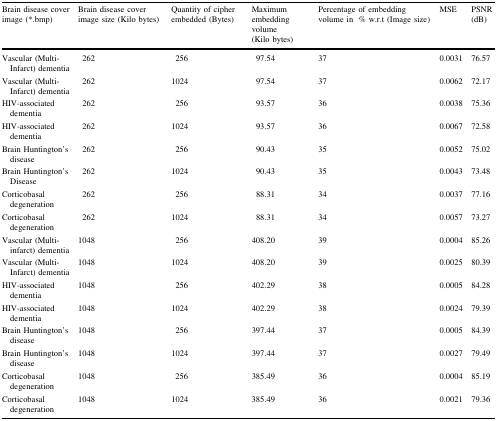
<table><thead><tr><td><b>Brain disease cover image (*.bmp)</b></td><td><b>Brain disease cover image size (Kilo bytes)</b></td><td><b>Quantity of cipher embedded (Bytes)</b></td><td><b>Maximum embedding volume(Kilo bytes)</b></td><td><b>Percentage of embedding volume in% w.r.t (Image size)</b></td><td><b>MSE</b></td><td><b>PSNR (dB)</b></td></tr></thead><tbody><tr><td>Vascular (Multi-Infarct) dementia</td><td>262</td><td>256</td><td>97.54</td><td>37</td><td>0.0031</td><td>76.57</td></tr><tr><td>Vascular (Multi-Infarct) dementia</td><td>262</td><td>1024</td><td>97.54</td><td>37</td><td>0.0062</td><td>72.17</td></tr><tr><td>HIV-associated dementia</td><td>262</td><td>256</td><td>93.57</td><td>36</td><td>0.0038</td><td>75.36</td></tr><tr><td>HIV-associated dementia</td><td>262</td><td>1024</td><td>93.57</td><td>36</td><td>0.0067</td><td>72.58</td></tr><tr><td>Brain Huntington’s disease</td><td>262</td><td>256</td><td>90.43</td><td>35</td><td>0.0052</td><td>75.02</td></tr><tr><td>Brain Huntington’s Disease</td><td>262</td><td>1024</td><td>90.43</td><td>35</td><td>0.0043</td><td>73.48</td></tr><tr><td>Corticobasal degeneration</td><td>262</td><td>256</td><td>88.31</td><td>34</td><td>0.0037</td><td>77.16</td></tr><tr><td>Corticobasal degeneration</td><td>262</td><td>1024</td><td>88.31</td><td>34</td><td>0.0057</td><td>73.27</td></tr><tr><td>Vascular (Multi-infarct) dementia</td><td>1048</td><td>256</td><td>408.20</td><td>39</td><td>0.0004</td><td>85.26</td></tr><tr><td>Vascular (Multi-Infarct) dementia</td><td>1048</td><td>1024</td><td>408.20</td><td>39</td><td>0.0025</td><td>80.39</td></tr><tr><td>HIV-associated dementia</td><td>1048</td><td>256</td><td>402.29</td><td>38</td><td>0.0005</td><td>84.28</td></tr><tr><td>HIV-associated dementia</td><td>1048</td><td>1024</td><td>402.29</td><td>38</td><td>0.0024</td><td>79.39</td></tr><tr><td>Brain Huntington’s disease</td><td>1048</td><td>256</td><td>397.44</td><td>37</td><td>0.0005</td><td>84.39</td></tr><tr><td>Brain Huntington’s disease</td><td>1048</td><td>1024</td><td>397.44</td><td>37</td><td>0.0027</td><td>79.49</td></tr><tr><td>Corticobasal degeneration</td><td>1048</td><td>256</td><td>385.49</td><td>36</td><td>0.0004</td><td>85.19</td></tr><tr><td>Corticobasal degeneration</td><td>1048</td><td>1024</td><td>385.49</td><td>36</td><td>0.0021</td><td>79.36</td></tr></tbody></table>